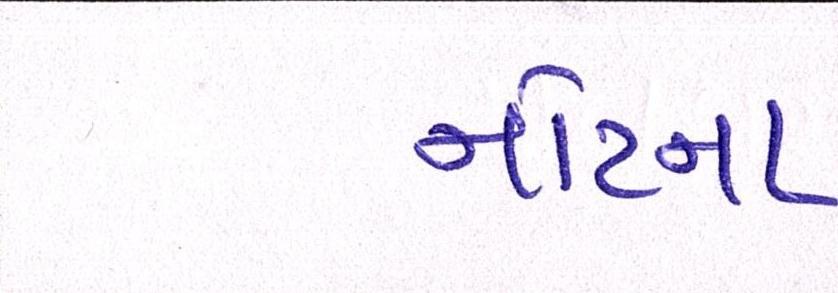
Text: નોટના